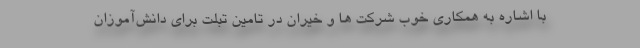
با اشاره به همکاری خوب شرکت ها و خیران در تامین تبلت برای دانش‌آموزان